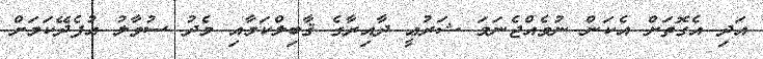
އަދި އެގޮތަށް އެކަން ނުވެއްޖެނަމަ ޝަރުޢީ ދާއިރާގެ ޤާބިލްކަމާއި މެދު ސުވާލު އުފެދޭކަމަށް